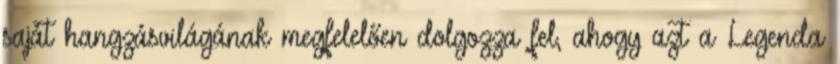
saját hangzásvilágának megfelelően dolgozza fel, ahogy azt a Legenda